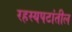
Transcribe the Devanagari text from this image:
रहस्यपटांतील